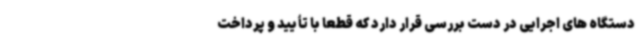
دستگاه های اجرایی در دست بررسی قرار دارد که قطعاً با تأیید و پرداخت